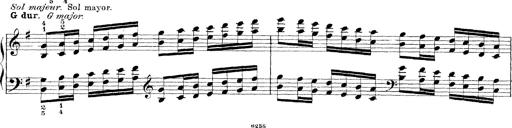
Title: Technische Studien
Composer: Franz Liszt